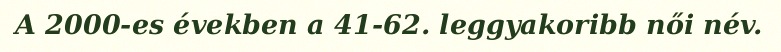
A 2000-es években a 41-62. leggyakoribb női név.